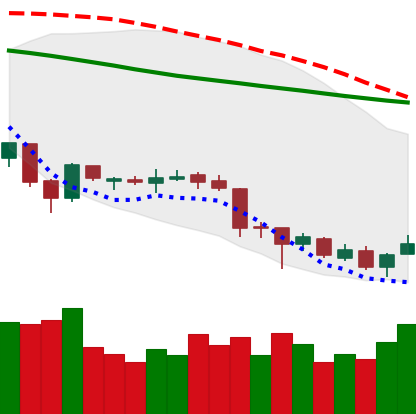
Ticker: XLM-USD
Chart end date: 2018-06-30
Forward return: 4.939%
Label: up_3_5